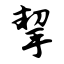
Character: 挈